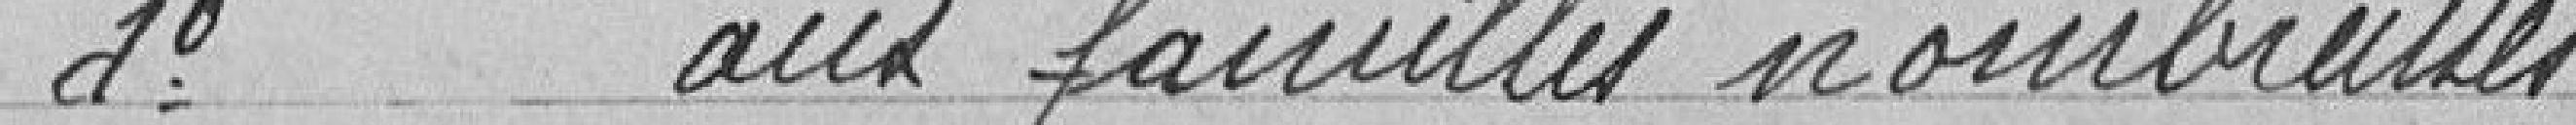
1 aux familles nombreuses